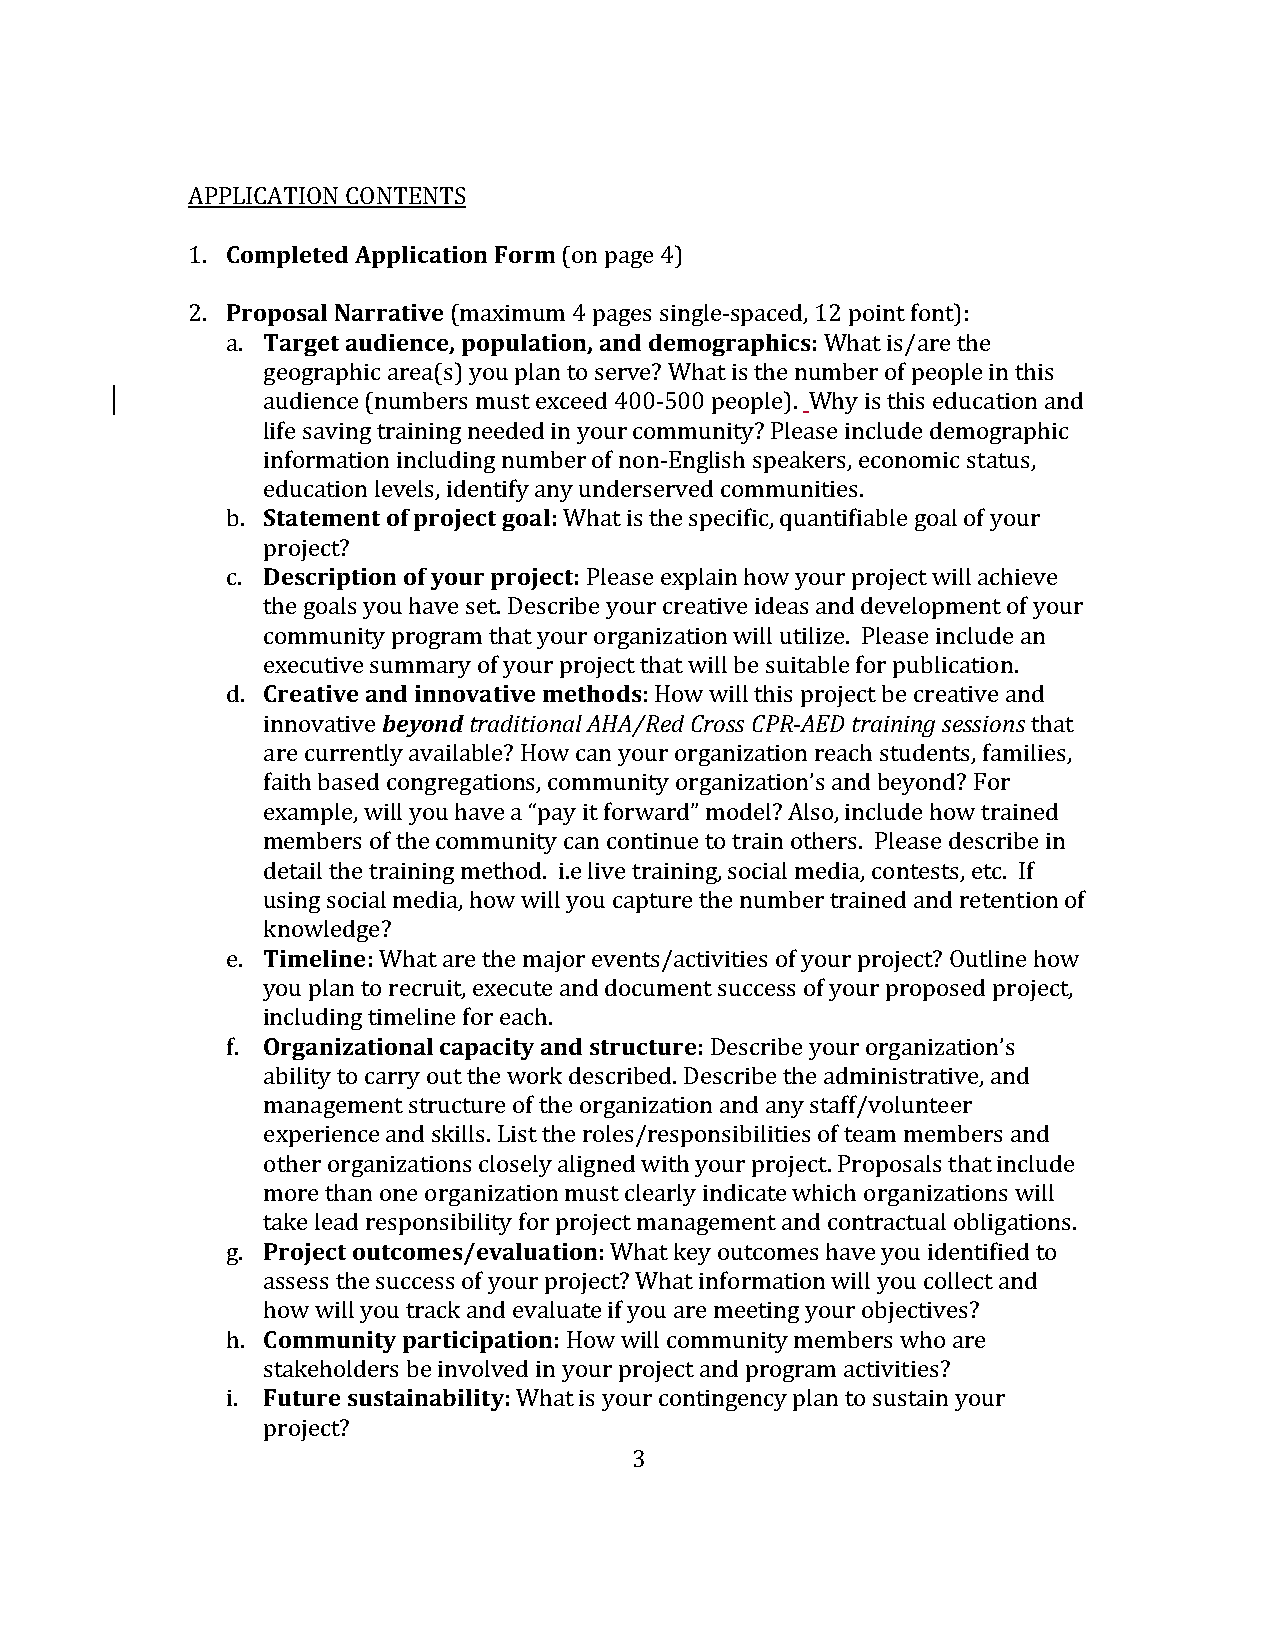
APPLICATION CONTENTS
 1. Completed Application Form (on page 4)
 2. Proposal Narrative (maximum 4 pages single-spaced, 12 point font):
 a. Target audience, population, and demographics: What is/are the
 geographic area(s) you plan to serve? What is the number of people in this
 audience (numbers must exceed 400-500 people). Why is this education and
 life saving training needed in your community? Please include demographic
 information including number of non-English speakers, economic status,
 education levels, identify any underserved communities.
 b. Statement of project goal: What is the specific, quantifiable goal of your
 project?
 c. Description of your project: Please explain how your project will achieve
 the goals you have set. Describe your creative ideas and development of your
 community program that your organization will utilize. Please include an
 executive summary of your project that will be suitable for publication.
 d. Creative and innovative methods: How will this project be creative and
 innovative beyond traditional AHA/Red Cross CPR-AED training sessions that
 are currently available? How can your organization reach students, families,
 faith based congregations, community organization’s and beyond? For
 example, will you have a “pay it forward” model? Also, include how trained
 members of the community can continue to train others. Please describe in
 detail the training method. i.e live training, social media, contests, etc. If
 using social media, how will you capture the number trained and retention of
 knowledge?
 e. Timeline: What are the major events/activities of your project? Outline how
 you plan to recruit, execute and document success of your proposed project,
 including timeline for each.
 f. Organizational capacity and structure: Describe your organization’s
 ability to carry out the work described. Describe the administrative, and
 management structure of the organization and any staff/volunteer
 experience and skills. List the roles/responsibilities of team members and
 other organizations closely aligned with your project. Proposals that include
 more than one organization must clearly indicate which organizations will
 take lead responsibility for project management and contractual obligations.
 g. Project outcomes/evaluation: What key outcomes have you identified to
 assess the success of your project? What information will you collect and
 how will you track and evaluate if you are meeting your objectives?
 h. Community participation: How will community members who are
 stakeholders be involved in your project and program activities?
 i. Future sustainability: What is your contingency plan to sustain your
 project?
 3